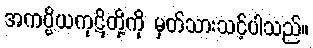
အကပ္ပိယကုဋိတို့ကို မှတ်သားသင့်ပါသည်။